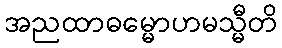
အညထာဓမ္မောဟမသ္မီတိ